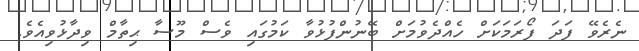
ނެރެވޭ ފަދަ ފޯރަމަކަށް ހެއްދެވުމަށް ބޭނުންފުޅުވާ ކަމުގައި ވެސް މޫސާ ޙިތާމް ވިދާޅުވިއެވެ.